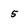
Character: 5